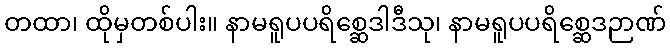
တထာ၊ ထိုမှတစ်ပါး။ နာမရူပပရိစ္ဆေဒါဒီသု၊ နာမရူပပရိစ္ဆေဒဉာဏ်